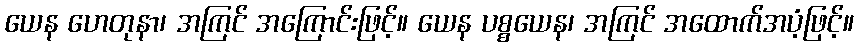
ယေန ဟေတုနာ၊ အကြင် အကြောင်းဖြင့်။ ယေန ပစ္စယေန၊ အကြင် အထောက်အပံ့ဖြင့်။